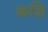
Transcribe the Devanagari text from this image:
कशि